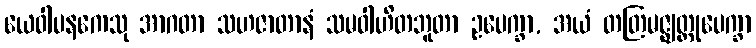
ယေဝါပနကေသု အာဂတာ သဟဇာတာနံ သမဝါဟိတဘူတာ ဥပေက္ခာ, အယံ တတြမဇ္ဈတ္တုပေက္ခာ